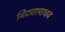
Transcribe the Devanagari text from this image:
विद्यामाधव